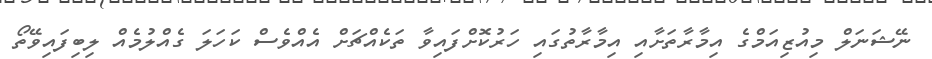
ނޭޝަނަލް މިއުޒިއަމްގެ އިމާރާތަށާއި އިމާރާތުގައި ހަރުކޮށްފައިވާ ތަކެއްޗަށް އެއްވެސް ކަހަލަ ގެއްލުމެއް ލިބިފައިވޭތޯ